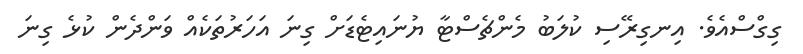
ގިގްސްއެވެ. އިނގިރޭސި ކުލަބު މެންޗެސްޓާ ޔުނައިޓެޑަށް ގިނަ އަހަރުތަކެއް ވަންދެން ކުޅެ ގިނަ